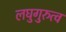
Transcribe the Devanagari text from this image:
लघुगुरुत्व